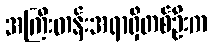
အကြီးတန်းအရာရှိတစ်ဦးက